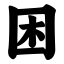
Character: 困